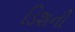
ડિશની